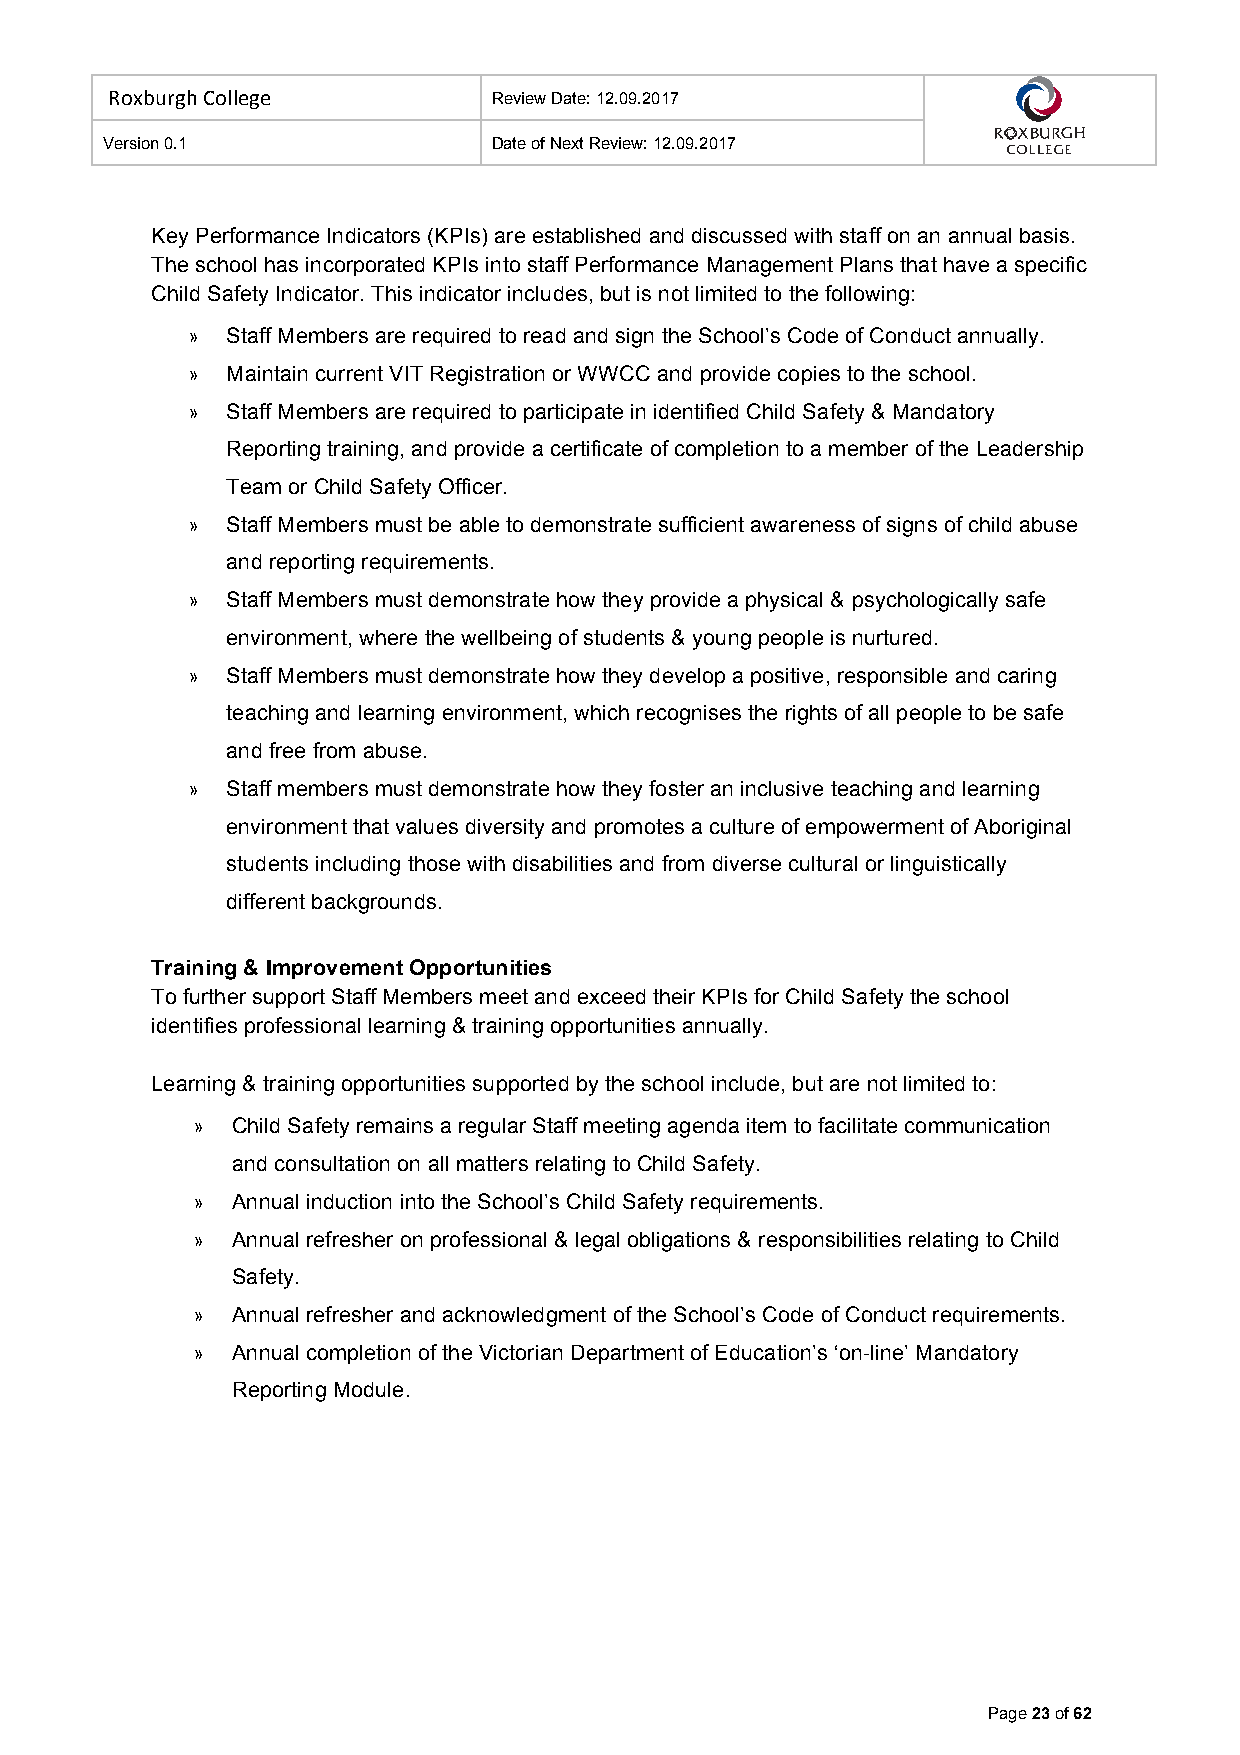
Roxburgh College          Review Date: 12.09.2017
 Version 0.1               Date of Next Review: 12.09.2017
 Key Performance Indicators (KPIs) are established and discussed with staff on an annual basis.
 The school has incorporated KPIs into staff Performance Management Plans that have a specific
 Child Safety Indicator. This indicator includes, but is not limited to the following:
 »  Staff Members are required to read and sign the School’s Code of Conduct annually.
 »  Maintain current VIT Registration or WWCC and provide copies to the school.
 »  Staff Members are required to participate in identified Child Safety & Mandatory
 Reporting training, and provide a certificate of completion to a member of the Leadership
 Team or Child Safety Officer.
 »  Staff Members must be able to demonstrate sufficient awareness of signs of child abuse
 and reporting requirements.
 »  Staff Members must demonstrate how they provide a physical & psychologically safe
 environment, where the wellbeing of students & young people is nurtured.
 »  Staff Members must demonstrate how they develop a positive, responsible and caring
 teaching and learning environment, which recognises the rights of all people to be safe
 and free from abuse.
 »  Staff members must demonstrate how they foster an inclusive teaching and learning
 environment that values diversity and promotes a culture of empowerment of Aboriginal
 students including those with disabilities and from diverse cultural or linguistically
 different backgrounds.
 Training & Improvement Opportunities
 To further support Staff Members meet and exceed their KPIs for Child Safety the school
 identifies professional learning & training opportunities annually.
 Learning & training opportunities supported by the school include, but are not limited to:
 » Child Safety remains a regular Staff meeting agenda item to facilitate communication
 and consultation on all matters relating to Child Safety.
 » Annual induction into the School’s Child Safety requirements.
 » Annual refresher on professional & legal obligations & responsibilities relating to Child
 Safety.
 » Annual refresher and acknowledgment of the School’s Code of Conduct requirements.
 » Annual completion of the Victorian Department of Education’s ‘on-line’ Mandatory
 Reporting Module.
 Page 23 of 62